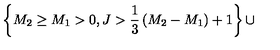
\left\{ M _ { 2 } \ge M _ { 1 } > 0 , J > { \frac { 1 } { 3 } } \left( M _ { 2 } - M _ { 1 } \right) + 1 \right\} \cup